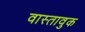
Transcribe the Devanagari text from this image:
वास्तावुक